Leningradi_Edasi_toimetus, lk 82
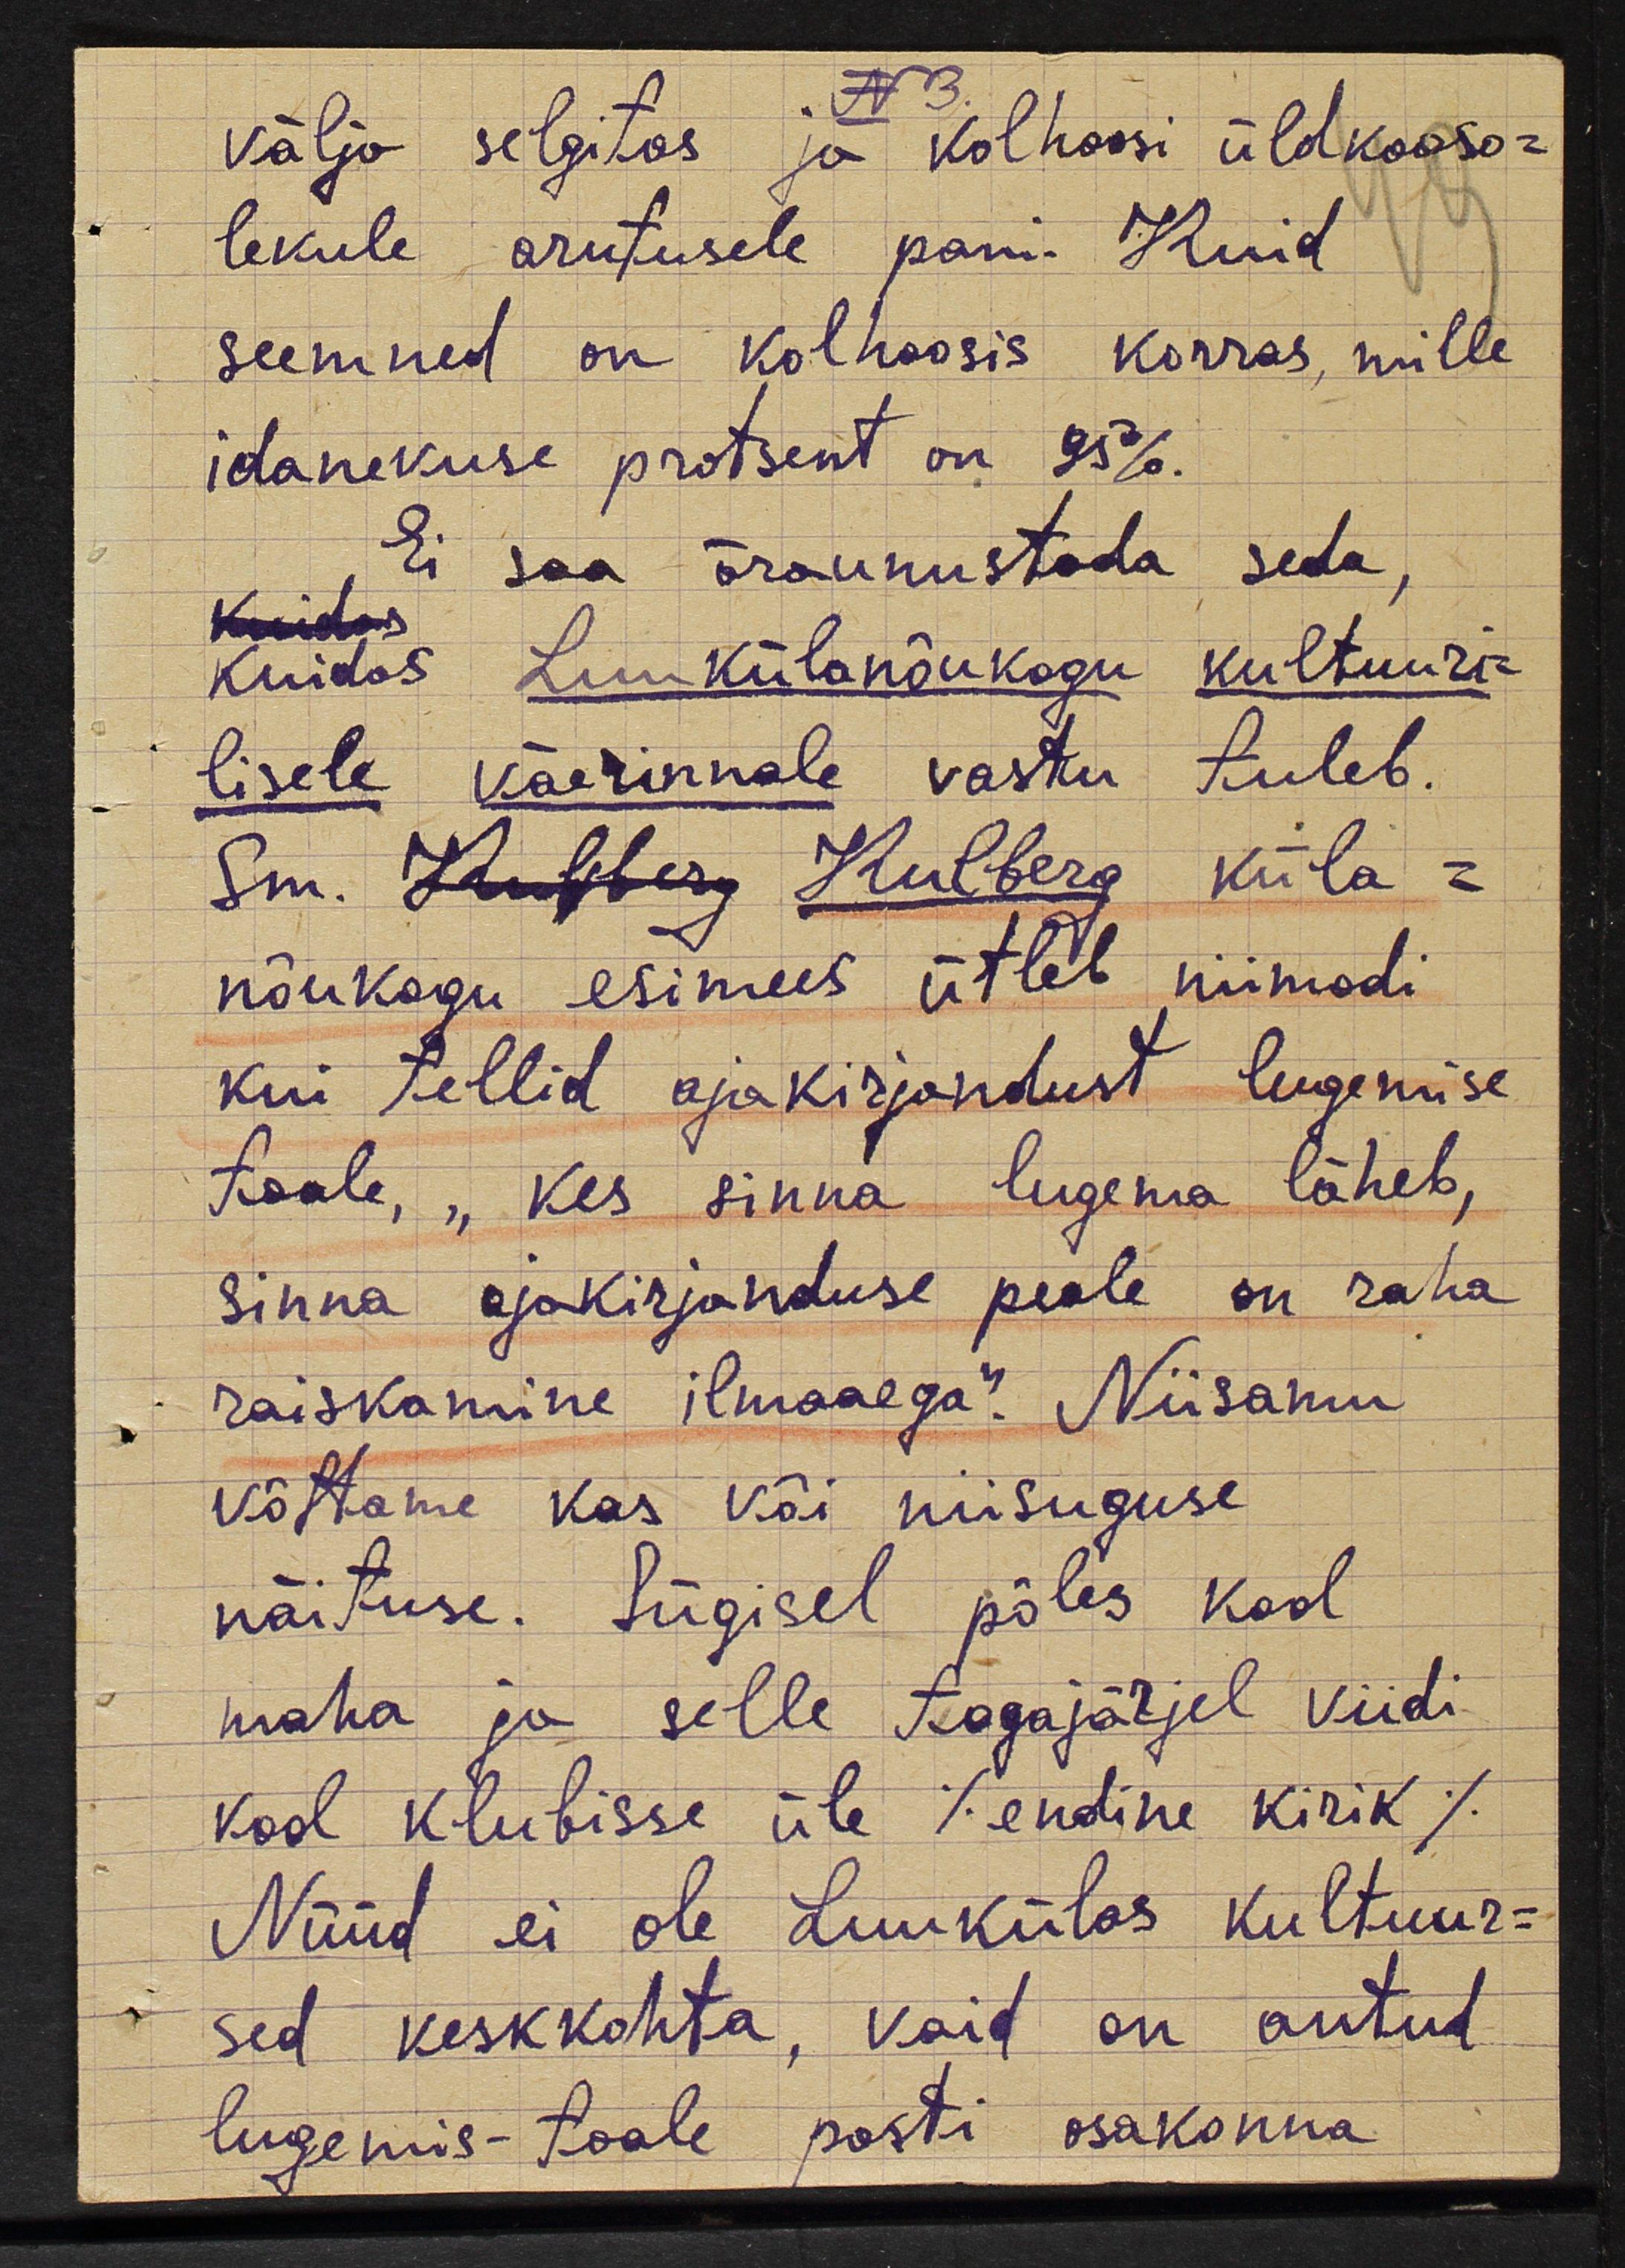
välja selgitas ja kolhoosi üldkooso-
lekule arutusele pani. Kuid
seemned on kolhoosis korras, mille
idanevuse protsent on 95%.
Ei saa äraunustada seda,
kuidas Luukülanõukogu kultuuri-
lisele väerinnale vastu tuleb.
Sm. Lubberg Kulberg küla-
nõukogu esimees ütleb niimodi
kui tellid ajakirjandust lugemise
toale, "Kes sinna lugema läheb,
sinna ajakirjanduse peale on raha
raiskamine ilmaaega". Niisamu
võttame kas või niisuguse
näituse. Sügisel põles kool
maha ja selle tagajärjel viidi
kool klubisse üle /endine kirik/.
Nüüd ei ole Luukülas kultuur-
sed keskkohta, vaid on antud
lugemis-toale posti osakonna